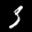
Label: 3